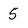
Character: 5